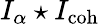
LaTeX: I_{\alpha}\star I_{\mathrm{coh}}